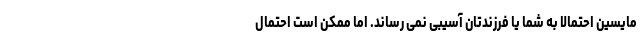
مایسین احتمالا به شما یا فرزندتان آسیبی نمی رساند. اما ممکن است احتمال